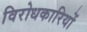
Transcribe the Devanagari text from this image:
विरोधकारियों